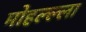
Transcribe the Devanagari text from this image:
मोहल्ल्ला